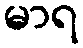
မာရ